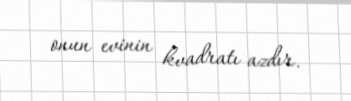
onun evinin kvadratı azdır.